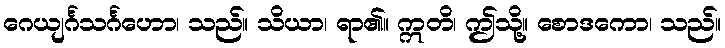
ဂေယျင်္ဂသင်္ဂဟော၊ သည်။ သိယာ၊ ရာ၏။ ဣတိ၊ ဤသို့။ စောဒကော၊ သည်။